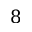
8